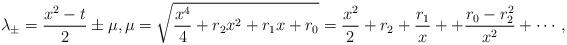
LaTeX: \begin{align*}\lambda_{\pm}=\frac{x^2-t}{2}\pm \mu,\mu=\sqrt{\frac{x^4}{4}+r_2x^2+r_1x+r_0}=\frac{x^2}{2}+r_2+\frac{r_1}{x}++\frac{r_0-r_2^2}{x^2}+\cdots,\!\!\!\end{align*}